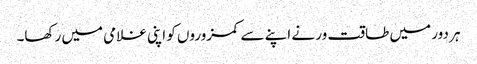
ہر دور میں طاقت ور نے اپنے سے کمزوروں کو اپنی غلامی میں رکھا۔